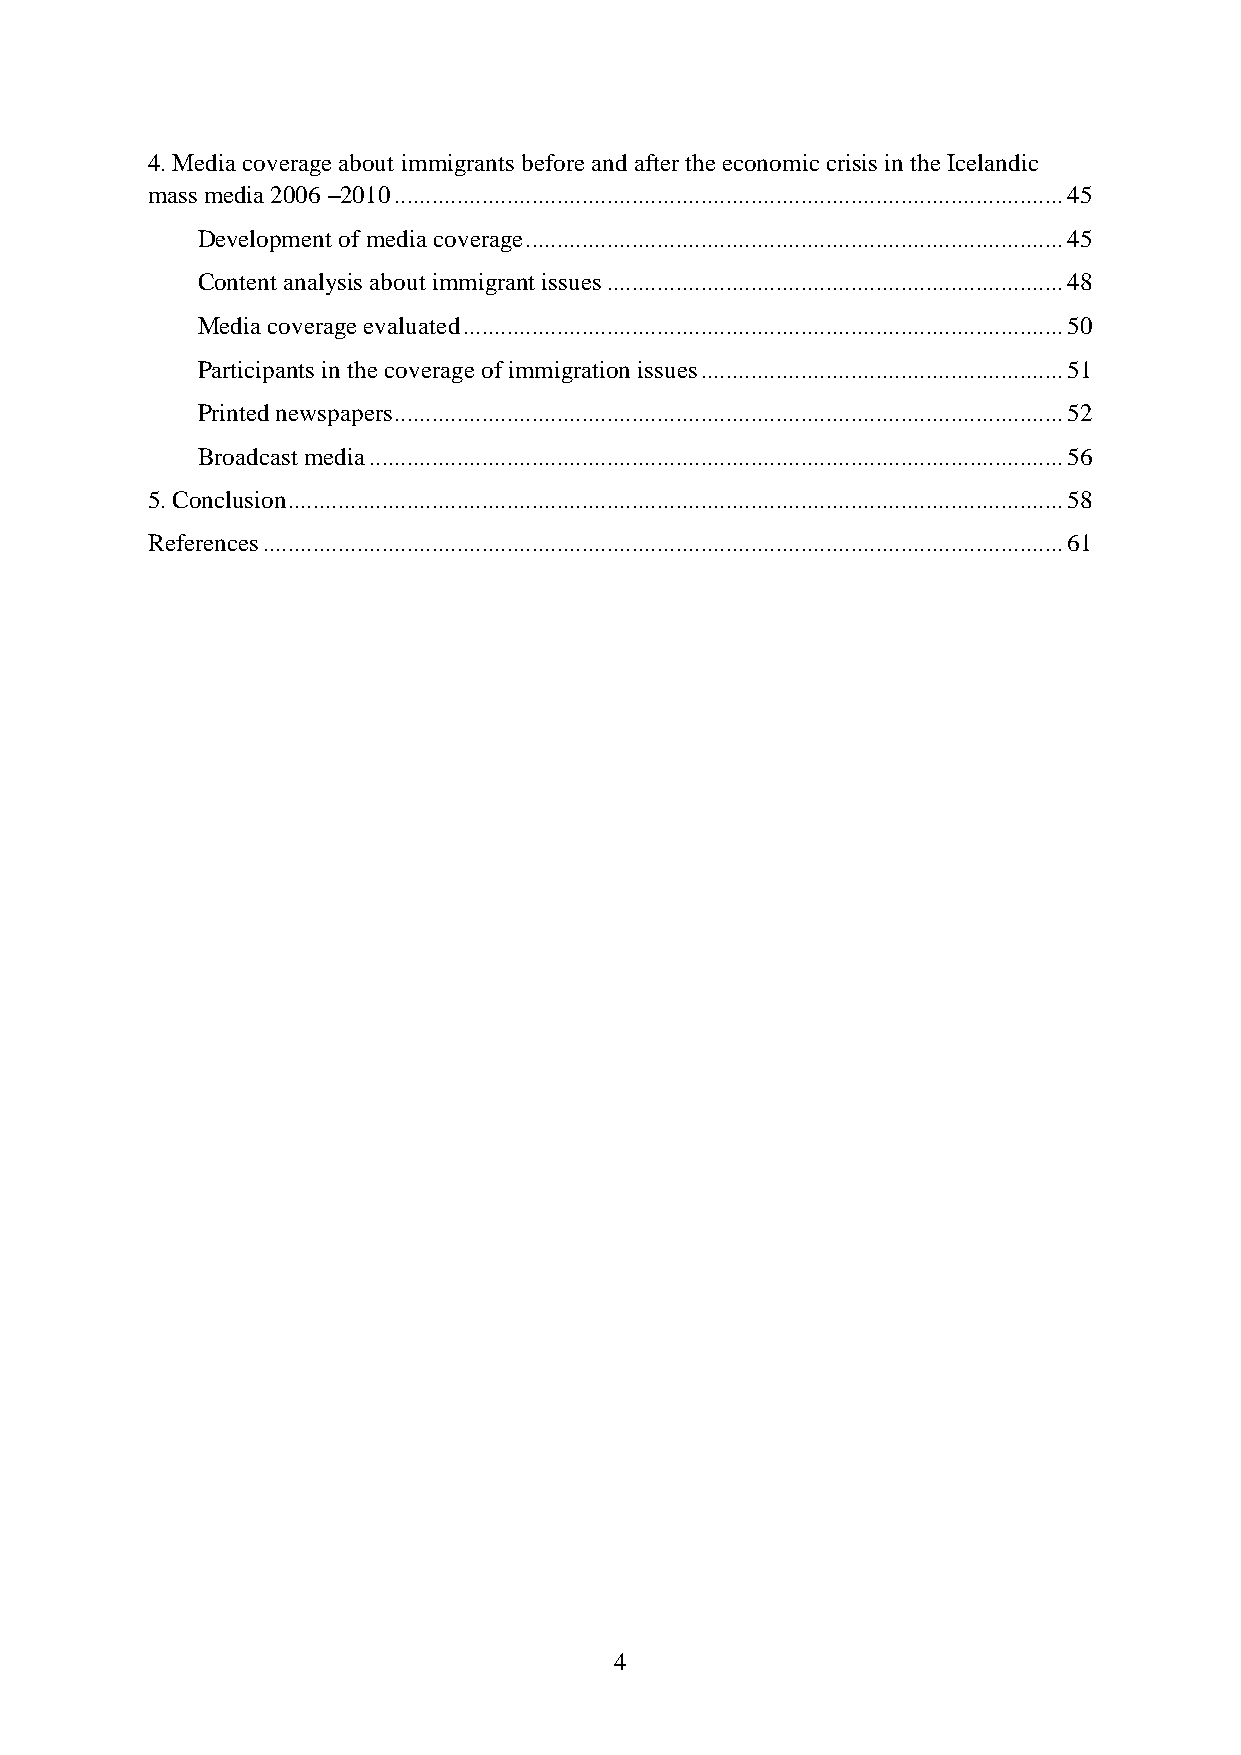
4. Media coverage about immigrants before and after the economic crisis in the Icelandic
 mass media 2006 –2010 ........................................................................................................... 45
 Development of media coverage ...................................................................................... 45
 Content analysis about immigrant issues ......................................................................... 48
 Media coverage evaluated ................................................................................................ 50
 Participants in the coverage of immigration issues .......................................................... 51
 Printed newspapers ........................................................................................................... 52
 Broadcast media ............................................................................................................... 56
 5. Conclusion ............................................................................................................................ 58
 References ................................................................................................................................ 61
 4